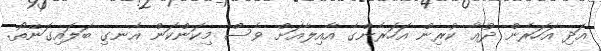
އަދި އަހަރެން ދުޢާ ކުރިން އަހަރެންގެ އާއިލާއަށް ވެސް މިކަންކަން އެނގި ބަލައިގަނޭތޯ.